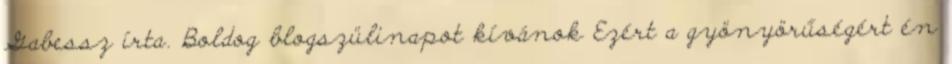
Gabessz írta. Boldog blogszülinapot kívánok Ezért a gyönyörűségért én